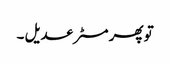
تو پھر مسٹر عدیل ۔